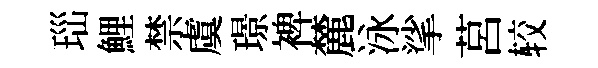
𤤼鯉禁虞璟裨麓泳挲莒较